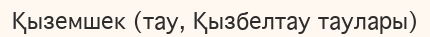
Қыземшек (тау, Қызбелтау таулары)